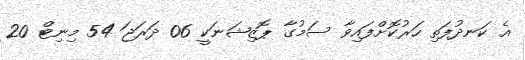
އެ ކަނދުފަތި ހަރުކޮށްފައިވާ ސަމުގާ ޕޮޒިޝަނަކީ 06 ދަރަޖަ 54 މިނިޓް 20